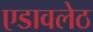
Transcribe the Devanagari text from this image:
एडावलेठ